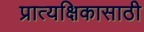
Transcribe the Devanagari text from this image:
प्रात्यक्षिकासाठी